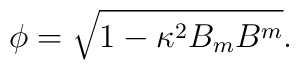
\phi = \sqrt{1-\kappa^2 B_m B^m}.